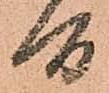
間